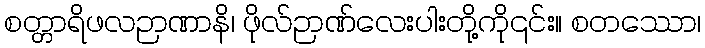
စတ္တာရိဖလဉာဏာနိ၊ ဖိုလ်ဉာဏ်လေးပါးတို့ကို၎င်း။ စတဿော၊